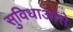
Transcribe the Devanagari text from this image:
सुविधाओसे